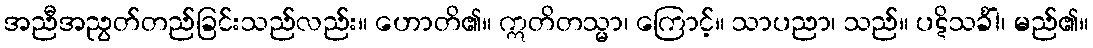
အညီအညွတ်တည်ခြင်းသည်လည်း။ ဟောတိ၏။ ဣတိတသ္မာ၊ ကြောင့်။ သာပညာ၊ သည်။ ပဋိသင်္ခါ၊ မည်၏။